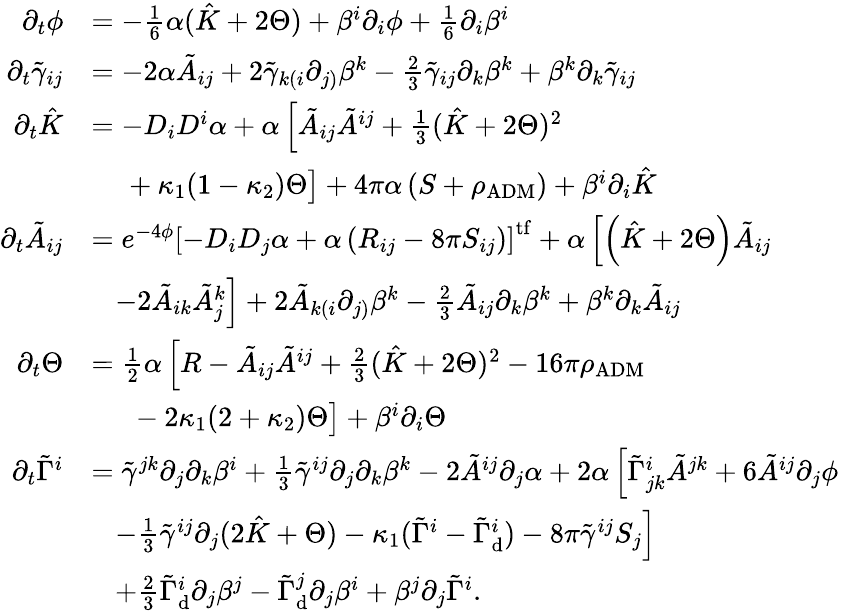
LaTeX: \begin{array}{rl}{\partial_{t}\phi}&{=-\frac{1}{6}\alpha(\hat{K}+2\Theta)+\beta^{i}\partial_{i}\phi+\frac{1}{6}\partial_{i}\beta^{i}}\\ {\partial_{t}\tilde{\gamma}_{ij}}&{=-2\alpha\tilde{A}_{ij}+2\tilde{\gamma}_{k(i}\partial_{j)}\beta^{k}-\frac{2}{3}\tilde{\gamma}_{ij}\partial_{k}\beta^{k}+\beta^{k}\partial_{k}\tilde{\gamma}_{ij}}\\ {\partial_{t}\hat{K}}&{=-D_{i}D^{i}\alpha+\alpha\left[\tilde{A}_{ij}\tilde{A}^{ij}+\frac{1}{3}(\hat{K}+2\Theta)^{2}\right.}\\ &{\; \; \; \; \left.\vphantom{\frac{0}{0}}+\kappa_{1}(1-\kappa_{2})\Theta\right]+4\pi\alpha\left(S+\rho_{\mathrm{ADM}}\right)+\beta^{i}\partial_{i}\hat{K}}\\ {\partial_{t}\tilde{A}_{ij}}&{=e^{-4\phi}\left[-D_{i}D_{j}\alpha+\alpha\left(R_{ij}-8\pi S_{ij}\right)\right]^{\mathrm{tf}}+\alpha\left[\left(\hat{K}+2\Theta\right)\tilde{A}_{ij}\right.}\\ &{\left.\; \; \; -2\tilde{A}_{ik}\tilde{A}_{j}^{k}\right]+2\tilde{A}_{k(i}\partial_{j)}\beta^{k}-\frac{2}{3}\tilde{A}_{ij}\partial_{k}\beta^{k}+\beta^{k}\partial_{k}\tilde{A}_{ij}}\\ {\partial_{t}\Theta}&{=\frac{1}{2}\alpha\left[R-\tilde{A}_{ij}\tilde{A}^{ij}+\frac{2}{3}(\hat{K}+2\Theta)^{2}-16\pi\rho_{\mathrm{ADM}}\right.}\\ &{\left.\phantom{\frac{0}{0}}\; \; -2\kappa_{1}(2+\kappa_{2})\Theta\right]+\beta^{i}\partial_{i}\Theta}\\ {\partial_{t}\tilde{\Gamma}^{i}}&{=\tilde{\gamma}^{jk}\partial_{j}\partial_{k}\beta^{i}+\frac{1}{3}\tilde{\gamma}^{ij}\partial_{j}\partial_{k}\beta^{k}-2\tilde{A}^{ij}\partial_{j}\alpha+2\alpha\left[\tilde{\Gamma}_{jk}^{i}\tilde{A}^{jk}+6\tilde{A}^{ij}\partial_{j}\phi\phantom{\frac{0}{0}}\right.}\\ &{\left.\; \; \; -\frac{1}{3}\tilde{\gamma}^{ij}\partial_{j}(2\hat{K}+\Theta)-\kappa_{1}(\tilde{\Gamma}^{i}-\tilde{\Gamma}_{\mathrm{d}}^{i})-8\pi\tilde{\gamma}^{ij}S_{j}\right]}\\ &{\; \; \; +\frac{2}{3}\tilde{\Gamma}_{\mathrm{d}}^{i}\partial_{j}\beta^{j}-\tilde{\Gamma}_{\mathrm{d}}^{j}\partial_{j}\beta^{i}+\beta^{j}\partial_{j}\tilde{\Gamma}^{i}.}\end{array}